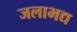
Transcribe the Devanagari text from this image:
जलाभद्य